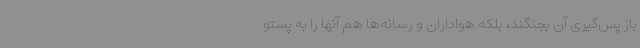
باز پس‌گیری آن بجنگند، بلکه هواداران و رسانه‌ها هم آنها را به پستو